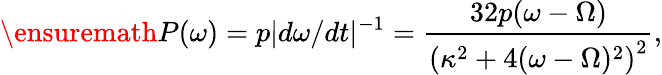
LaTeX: \ensuremath{P(\omega)=p|d\omega/dt|^{-1}=\frac{32p(\omega-\Omega)}{\left(\kappa^{2}+4(\omega-\Omega)^{2}\right)^{2}}},